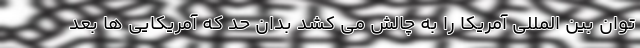
توان بین المللی آمریکا را به چالش می کشد بدان حد که آمریکایی ها بعد